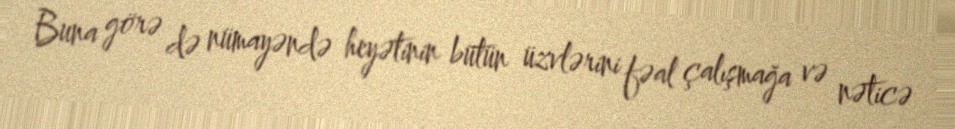
Buna görə də nümayəndə heyətinin bütün üzvlərini fəal çalışmağa və nəticə